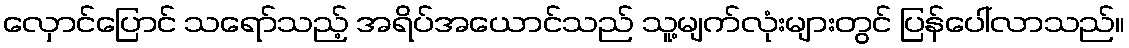
လှောင်ပြောင် သရော်သည့် အရိပ်အယောင်သည် သူ့မျက်လုံးများတွင် ပြန်ပေါ်လာသည်။